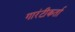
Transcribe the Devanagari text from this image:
गारंटीकर्ता